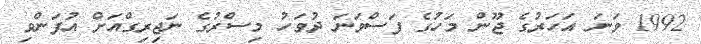
1992 ވަނަ އަހަރުގެ ޖޫން މަހުގެ ފަސްވަނަ ދުވަހު މިސްރުގެ ނަޖިރިގްއަށް އުފަންވި